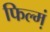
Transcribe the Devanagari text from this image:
फिल्‍म्‍ा